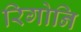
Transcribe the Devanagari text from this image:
रिगोनि